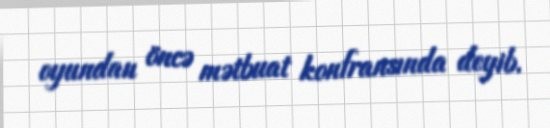
oyundan öncə mətbuat konfransında deyib.